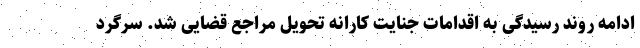
ادامه روند رسیدگی به اقدامات جنایت کارانه تحویل مراجع قضایی شد. سرگرد